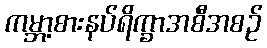
ကမ္ဘာ့စားနပ်ရိက္ခာအစီအစဉ်